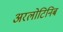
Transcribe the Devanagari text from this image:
अरलोटिनिब